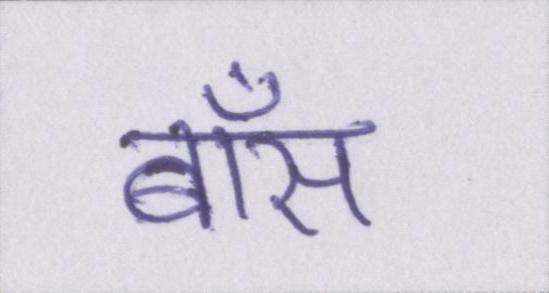
बॉस